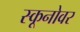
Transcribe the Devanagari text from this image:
स्कूनोवर